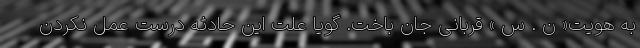
به هویت« ن . س » قربانی جان باخت. گویا علت این حادثه درست عمل نکردن